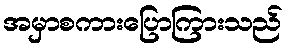
အမှာစကားပြောကြားသည်